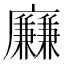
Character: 𢌍